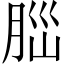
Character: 𦛁